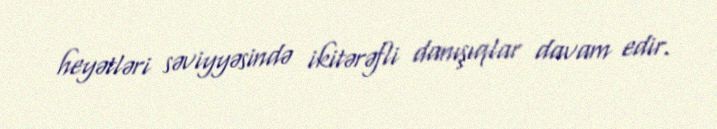
heyətləri səviyyəsində ikitərəfli danışıqlar davam edir.